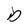
Character: D